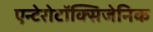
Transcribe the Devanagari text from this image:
एन्टेरोटॉक्सिजेनिक